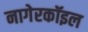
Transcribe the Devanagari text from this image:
नागेरकॉइल